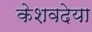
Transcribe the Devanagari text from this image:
केशवदेया